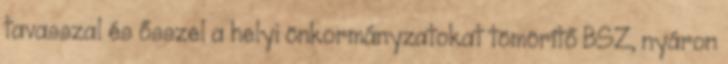
tavasszal és ősszel a helyi önkormányzatokat tömörítő BSZ, nyáron